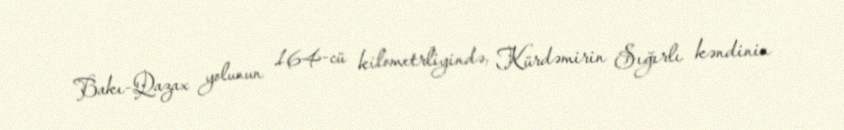
Bakı-Qazax yolunun 164-cü kilometrliyində, Kürdəmirin Sığırlı kəndinin